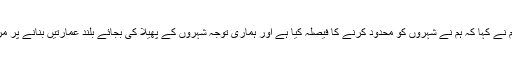
وزیراعظم نے کہا کہ ہم نے شہروں کو محدود کرنے کا فیصلہ کیا ہے اور ہماری توجہ شہروں کے پھیلا کی بجائے بلند عمارتیں بنانے پر مرکوز ہے۔